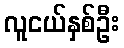
လူငယ်နှစ်ဦး